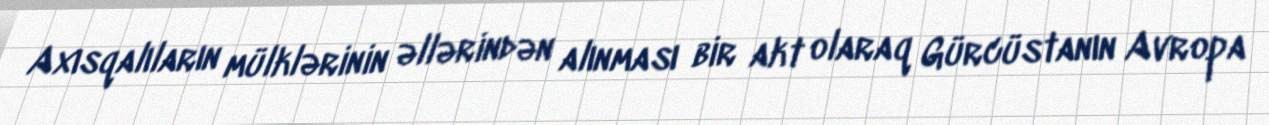
Axısqalıların mülklərinin əllərindən alınması bir akt olaraq Gürcüstanın Avropa